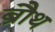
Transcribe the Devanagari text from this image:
ब्रौथ